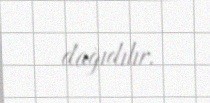
dağıdılır.